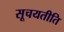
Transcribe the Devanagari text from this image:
सूचयतीति